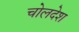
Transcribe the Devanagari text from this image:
चोलदेश